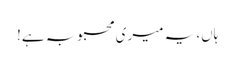
ہاں، یہ میری محبوبہ ہے!